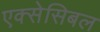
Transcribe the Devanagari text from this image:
एक्सेसिबल